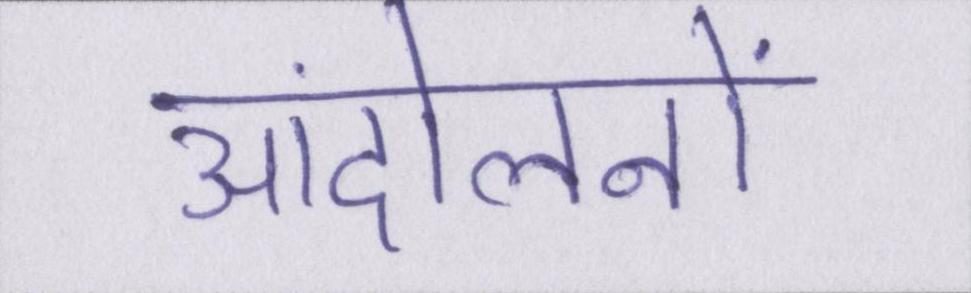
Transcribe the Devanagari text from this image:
आंदोलनों